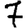
Digit: 7